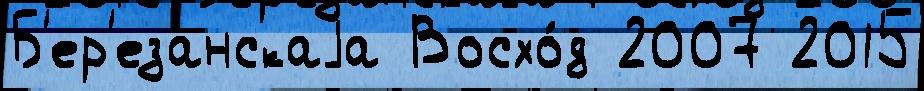
Б'ер'езанскаjа Восхо́д 2007 2015